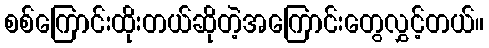
စစ်ကြောင်းထိုးတယ်ဆိုတဲ့အကြောင်းတွေလွှင့်တယ်။